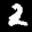
Label: 2